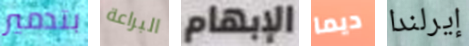
بتدمير البراعة الإبهام ديما إيرلندا